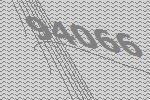
94066